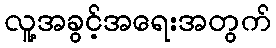
လူ့အခွင့်အရေးအတွက်